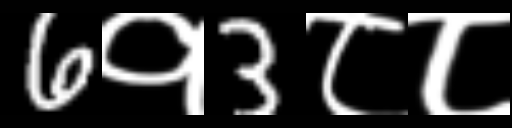
Text: 6१3८८